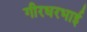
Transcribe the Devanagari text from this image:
गीरधरभाई